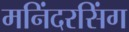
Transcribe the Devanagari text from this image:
मनिंदरसिंग